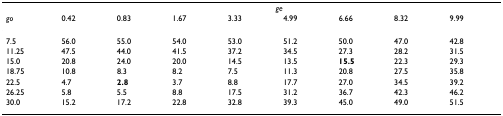
<table><thead><tr><td></td><td colspan="8"><b><i>ge</i></b></td></tr><tr><td><b><i>go</i></b></td><td><b>0.42</b></td><td><b>0.83</b></td><td><b>1.67</b></td><td><b>3.33</b></td><td><b>4.99</b></td><td><b>6.66</b></td><td><b>8.32</b></td><td><b>9.99</b></td></tr></thead><tbody><tr><td>7.5</td><td>56.0</td><td>55.0</td><td>54.0</td><td>53.0</td><td>51.2</td><td>50.0</td><td>47.0</td><td>42.8</td></tr><tr><td>11.25</td><td>47.5</td><td>44.0</td><td>41.5</td><td>37.2</td><td>34.5</td><td>27.3</td><td>28.2</td><td>31.5</td></tr><tr><td>15.0</td><td>20.8</td><td>24.0</td><td>20.0</td><td>14.5</td><td>13.5</td><td><b>15.5</b></td><td>22.3</td><td>29.3</td></tr><tr><td>18.75</td><td>10.8</td><td>8.3</td><td>8.2</td><td>7.5</td><td>11.3</td><td>20.8</td><td>27.5</td><td>35.8</td></tr><tr><td>22.5</td><td>4.7</td><td><b>2.8</b></td><td>3.7</td><td>8.8</td><td>17.7</td><td>27.0</td><td>34.5</td><td>39.2</td></tr><tr><td>26.25</td><td>5.8</td><td>5.5</td><td>8.8</td><td>17.5</td><td>31.2</td><td>36.7</td><td>42.3</td><td>46.2</td></tr><tr><td>30.0</td><td>15.2</td><td>17.2</td><td>22.8</td><td>32.8</td><td>39.3</td><td>45.0</td><td>49.0</td><td>51.5</td></tr></tbody></table>